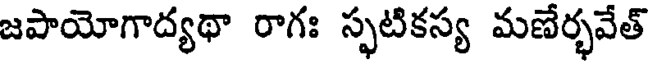
జపాయోగాద్యథా రాగః స్ఫటికస్య మణేర్భవేత్